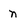
Character: n